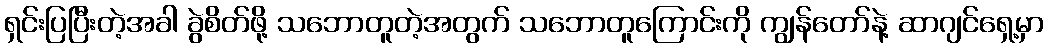
ရှင်းပြပြီးတဲ့အခါ ခွဲစိတ်ဖို့ သဘောတူတဲ့အတွက် သဘောတူကြောင်းကို ကျွန်တော်နဲ့ ဆာဂျင်ရှေ့မှာ